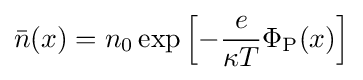
{\bar {n}}(x)=n_{0}\exp \left[-{\frac {e}{\kappa T}}\Phi _{\text{P}}(x)\right]